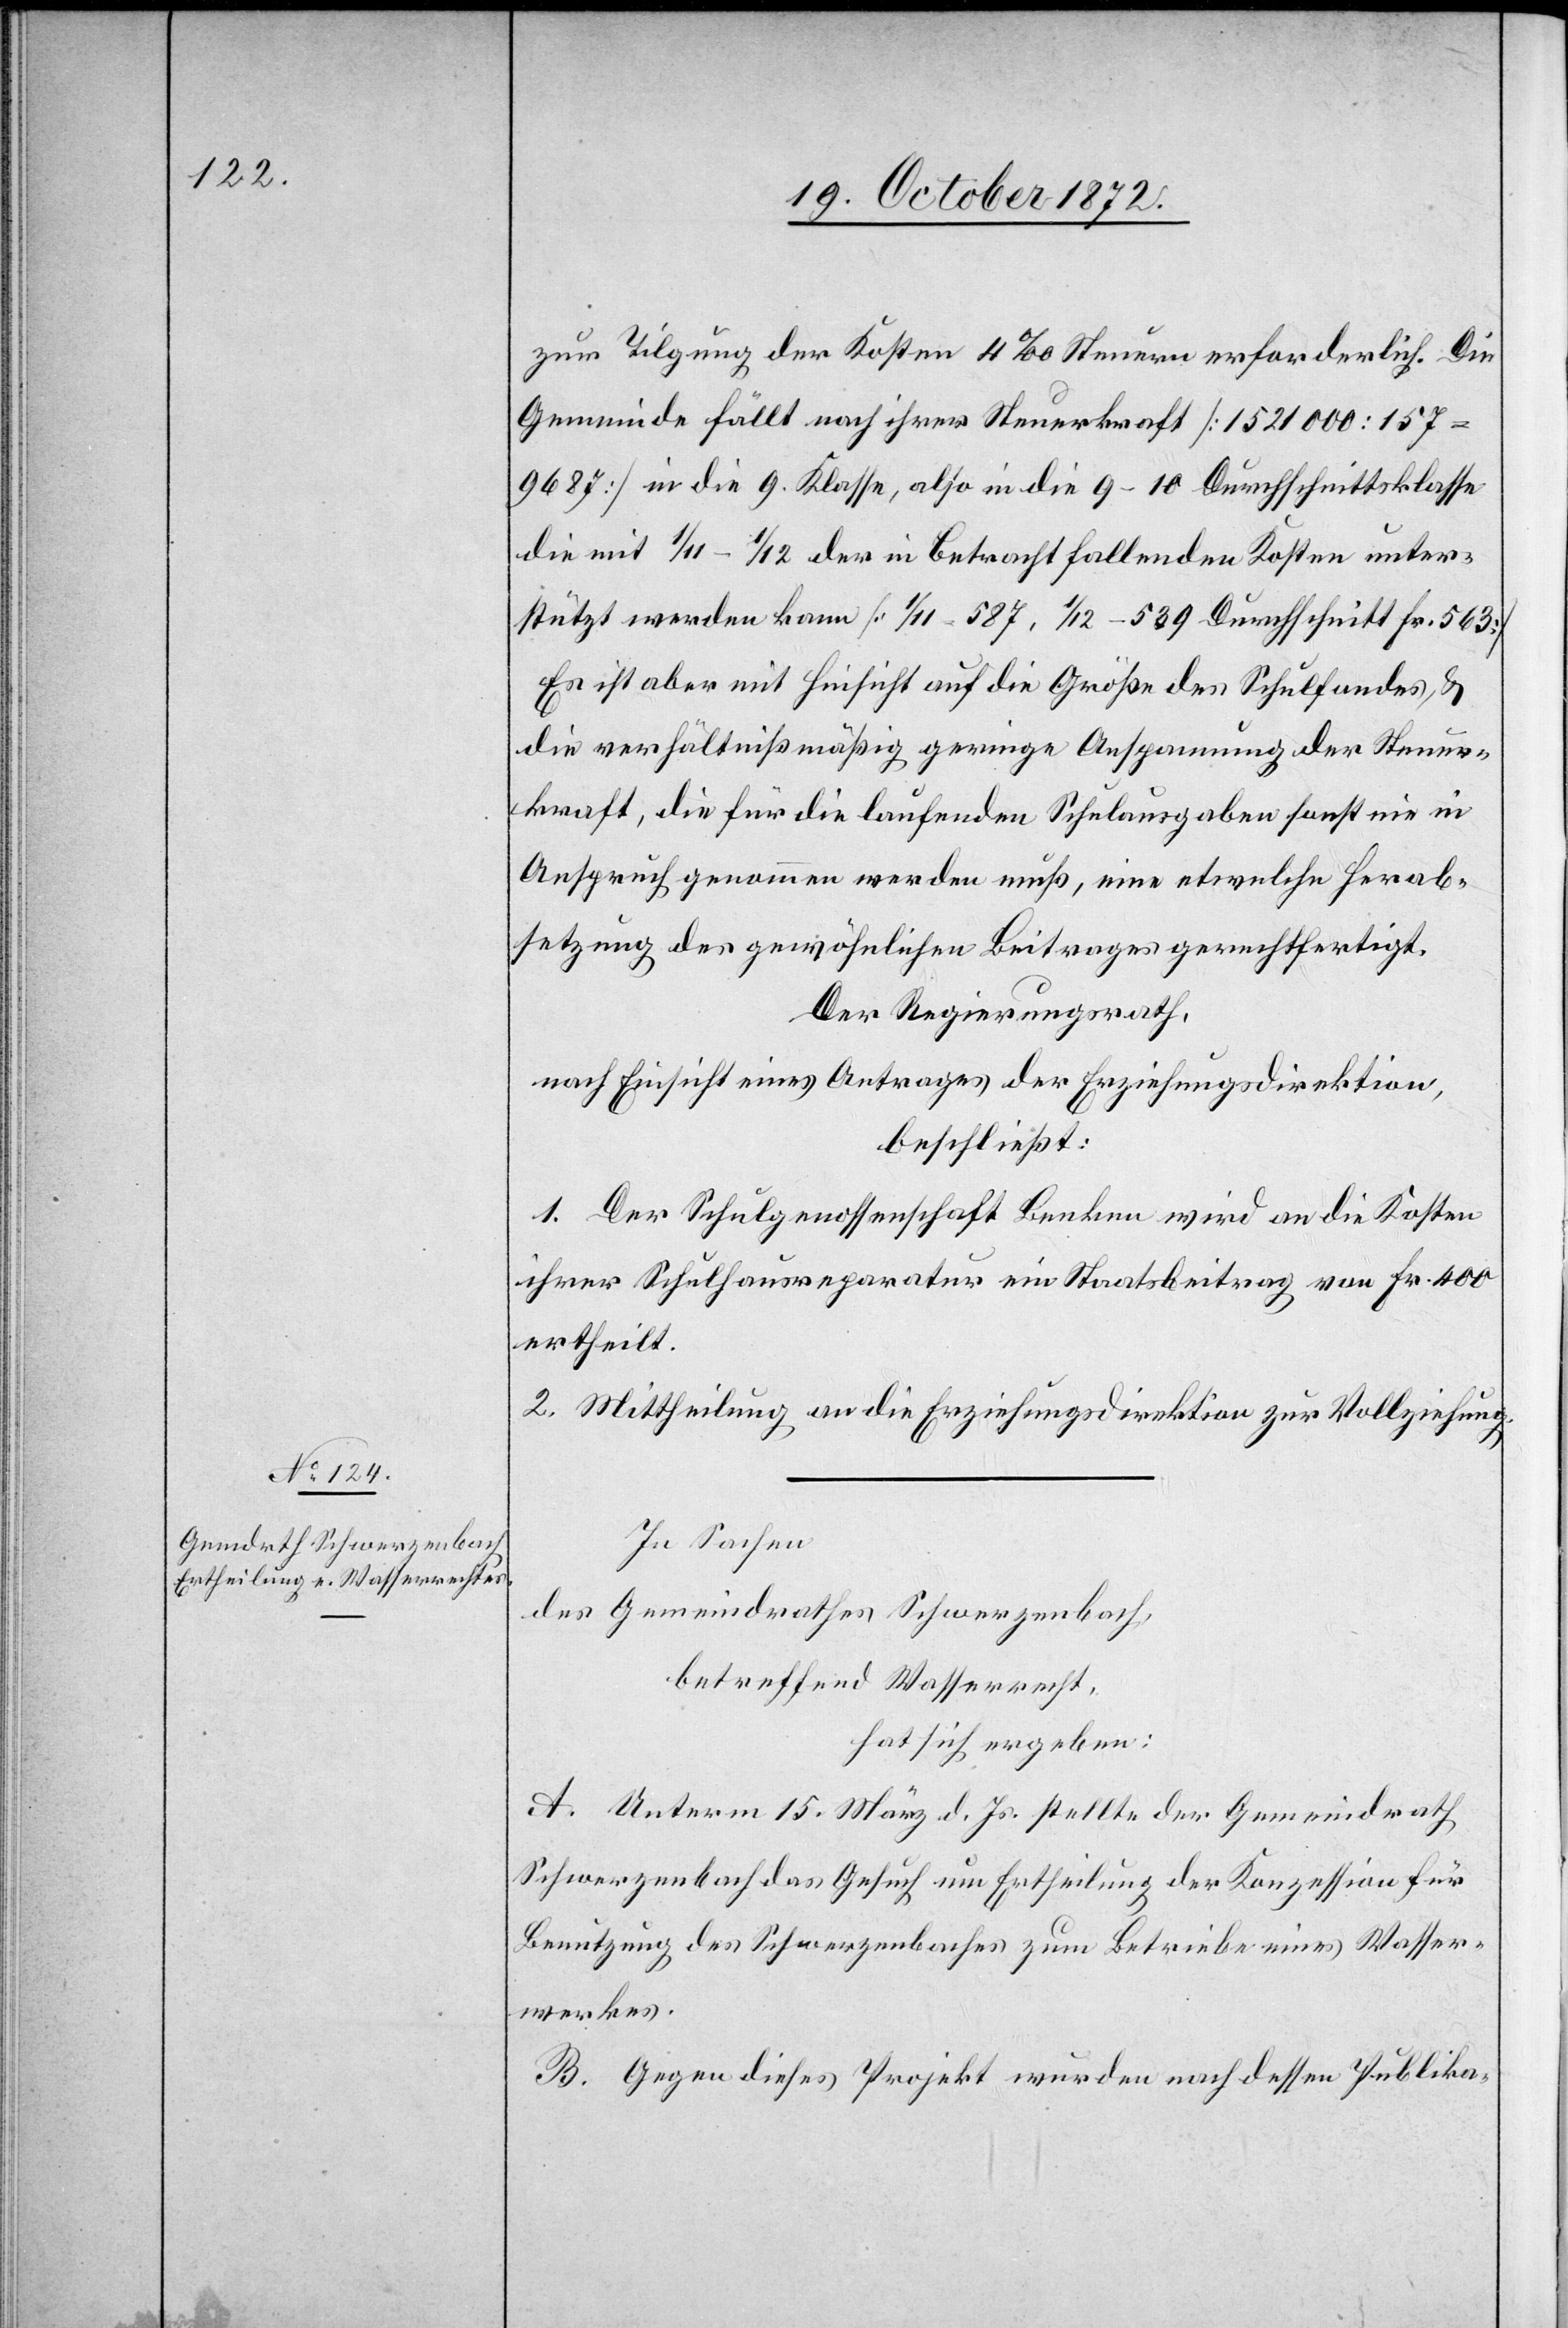
zur Tilgung der Kosten 4‰ Steuern erforderlich. Die
Gemeinde fällt nach ihrer Steuerkraft [1 521 000 : 157
9687] in die 9. Klasse, also in die 9–10 Durchschnittsklasse
die mit 1/11–1/12 der in Betracht fallenden Kosten unter¬
stützt werden kann [1/11 = 587, 1/12 = 539 Durchschnitt Fr. 563].
Es ist aber mit Hinsicht auf die Größe des Schulfondes u.
die verhältnißmäßig geringe Anspannung der Steuer¬
kraft, die für die laufenden Schulausgaben sonst nie in
Anspruch genommen werden muß, eine etwelche Herab¬
setzung des gewöhnlichen Beitrages gerechtfertigt.
Der Regierungsrath,
nach Einsicht eines Antrages der Erziehungsdirektion,
beschließt:
1. Der Schulgenossenschaft Benken wird an die Kosten
ihrer Schulhausreparatur ein Staatsbeitrag von Fr. 400
ertheilt.
2. Mittheilung an die Erziehungsdirektion zur Vollziehung.
In Sachen
des Gemeindrathes Schwerzenbach
betreffend Wasserrecht,
hat sich ergeben:
A. Unterm 15. März d. Js. stellte der Gemeindrath
Schwerzenbach das Gesuch um Ertheilung der Konzession für
Benutzung des Schwerzenbaches zum Betriebe eines Wasser¬
werkes.
B. Gegen dieses Projekt wurde nach dessen Publika-